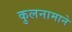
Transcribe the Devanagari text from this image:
कुलनामाने